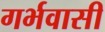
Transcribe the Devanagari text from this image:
गर्भवासी